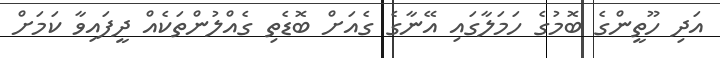
އަދި ހޫތީންގެ ބޮމުގެ ހަމަލާގައި އޭނާގެ ގެއަށް ބޮޑެތި ގެއްލުންތަކެއް ދީފައިވާ ކަމަށް